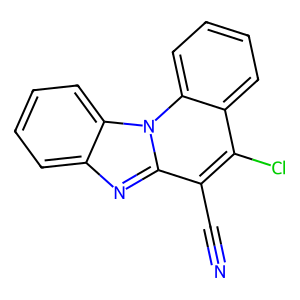
SMILES: N#Cc1c(Cl)c2ccccc2n2c1nc1ccccc12
Inhibits HIV replication: No